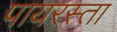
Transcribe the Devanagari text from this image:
पायरस्ता